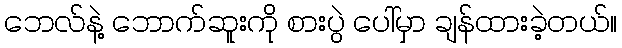
ဘေလ်နဲ့ ဘောက်ဆူးကို စားပွဲ ပေါ်မှာ ချန်ထားခဲ့တယ်။